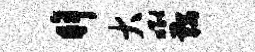
眸大唧鞍